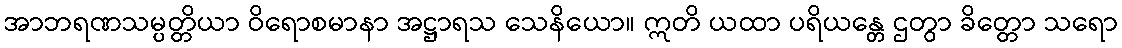
အာဘရဏသမ္ပတ္တိယာ ဝိရောစမာနာ အဋ္ဌာရသ သေနိယော။ ဣတိ ယထာ ပရိယန္တေ ဌတွာ ခိတ္တော သရော